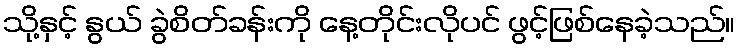
သို့နှင့် နွယ် ခွဲစိတ်ခန်းကို နေ့တိုင်းလိုပင် ဖွင့်ဖြစ်နေခဲ့သည်။